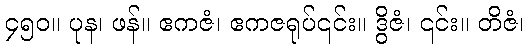
၄၅၀။ ပုန၊ ဖန်။ ဧကဇံ၊ ဧကဇရုပ်၎င်း။ ဒွိဇံ၊ ၎င်း။ တိဇံ၊